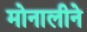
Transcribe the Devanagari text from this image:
मोनालीने